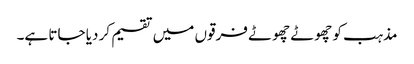
مذہب کو چھوٹے چھوٹے فرقوں میں تقسیم کر دیا جاتا ہے۔